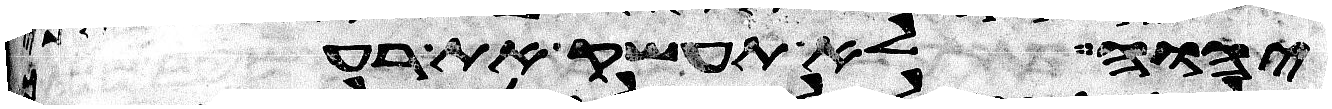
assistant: יהוה לא תעשק את רעך